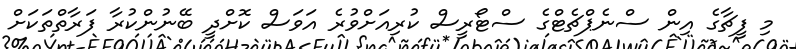
މި ފީޗާގެ އިން ސްނެޕްޗެޓްގެ ސްޓޯރީސް ކުރިއަށްވުރެ އަވަސް ކޮށްދީ ބޭނުންކުރާ ފަރާތްތަކަށް